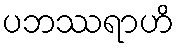
ပဘဿရာဟိ